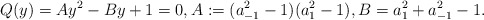
\begin{align*}Q(y)=Ay^2-By+1=0, A:=(a_{-1}^2-1)(a_1^2-1), B=a_1^2+a_{-1}^2-1.\end{align*}